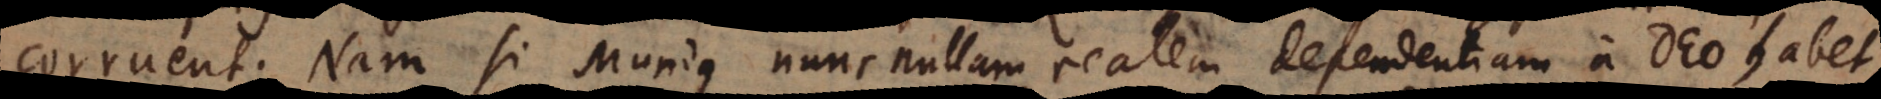
corruent. Nam si Mundus nunc nullam realem dependentiam a Deo habet